Vaccination report Assam 1896-1927 - 1896-1927
Year: 1896
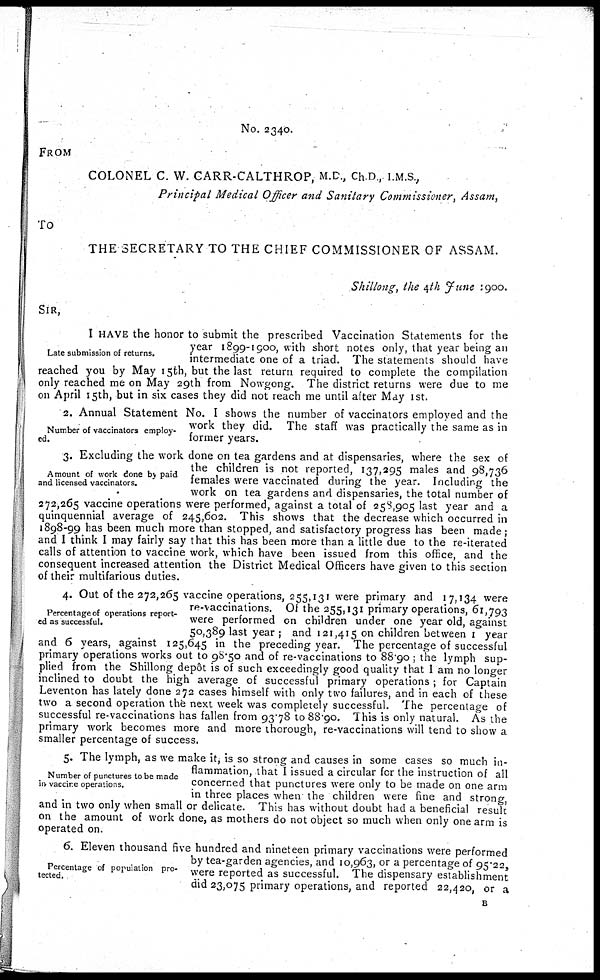
No. 2340.
FROM
COLONEL C. W. CARR-CALTHROP, M.D., Ch.D., I.M.S.,
Principal Medical Officer and Sanitary Commissioner, Assam,
To
THE SECRETARY TO THE CHIEF COMMISSIONER OF ASSAM.
Shillong, the 4th June 1900.
SIR,
Late submission of returns.
I HAVE the honor to submit the prescribed Vaccination Statements for the
year 1899-1900, with short notes only, that year being an
intermediate one of a triad. The statements should have
reached you by May 15th, but the last return required to complete the compilation
only reached me on May 29th from Nowgong. The district returns were due to me
on April 15th, but in six cases they did not reach me until after May 1st.
Number of vaccinators employ-
ed.
2. Annual Statement No. I shows the number of vaccinators employed and the
work they did. The staff was practically the same as in
former years.
Amount of work done by paid
and licensed vaccinators.
3. Excluding the work done on tea gardens and at dispensaries, where the sex of
the children is not reported, 137,295 males and 98,736
females were vaccinated during the year. Including the
work on tea gardens and dispensaries, the total number of
272,265 vaccine operations were performed, against a total of 258,905 last year and a
quinquennial average of 245,602. This shows that the decrease which occurred in
1898-99 has been much more than stopped, and satisfactory progress has been made;
and I think I may fairly say that this has been more than a little due to the re-iterated
calls of attention to vaccine work, which have been issued from this office, and the
consequent increased attention the District Medical Officers have given to this section
of their multifarious duties.
Percentage of operations report-
ed as successful.
4. Out of the 272,265 vaccine operations, 255,131 were primary and 17,134 were
re-vaccinations. Of the 255,131 primary operations, 61,793
were performed on children under one year old, against
50,389 last year ; and 121,415 on children between 1 year
and 6 years, against 125,645 in the preceding year. The percentage of successful
primary operations works out to 98.50 and of re-vaccinations to 88.90 ; the lymph sup-
plied from the Shillong depôt is of such exceedingly good quality that I am no longer
inclined to doubt the high average of successful primary operations; for Captain
Leventon has lately done 272 cases himself with only two failures, and in each of these
two a second operation the next week was completely successful. The percentage of
successful re-vaccinations has fallen from 93.78 to 88.90. This is only natural. As the
primary work becomes more and more thorough, re-vaccinations will tend to show a
smaller percentage of success.
Number of punctures to be made
in vaccine operations.
5. The lymph, as we make it, is so strong and causes in some cases so much in-
flammation, that I issued a circular for the instruction of all
concerned that punctures were only to be made on one arm
in three places when the children were fine and strong,
and in two only when small or delicate. This has without doubt had a beneficial result
on the amount of work done, as mothers do not object so much when only one arm is
operated on.
Percentage of population pro-
tected.
6. Eleven thousand five hundred and nineteen primary vaccinations were performed
by tea-garden agencies, and 10,963, or a percentage of 95.22,
were reported as successful. The dispensary establishment
did 23,075 primary operations, and reported 22,420, or a
B